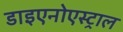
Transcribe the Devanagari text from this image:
डाइएनोएस्ट्राल